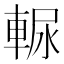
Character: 𰹒